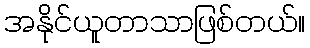
အနိုင်ယူတာသာဖြစ်တယ်။